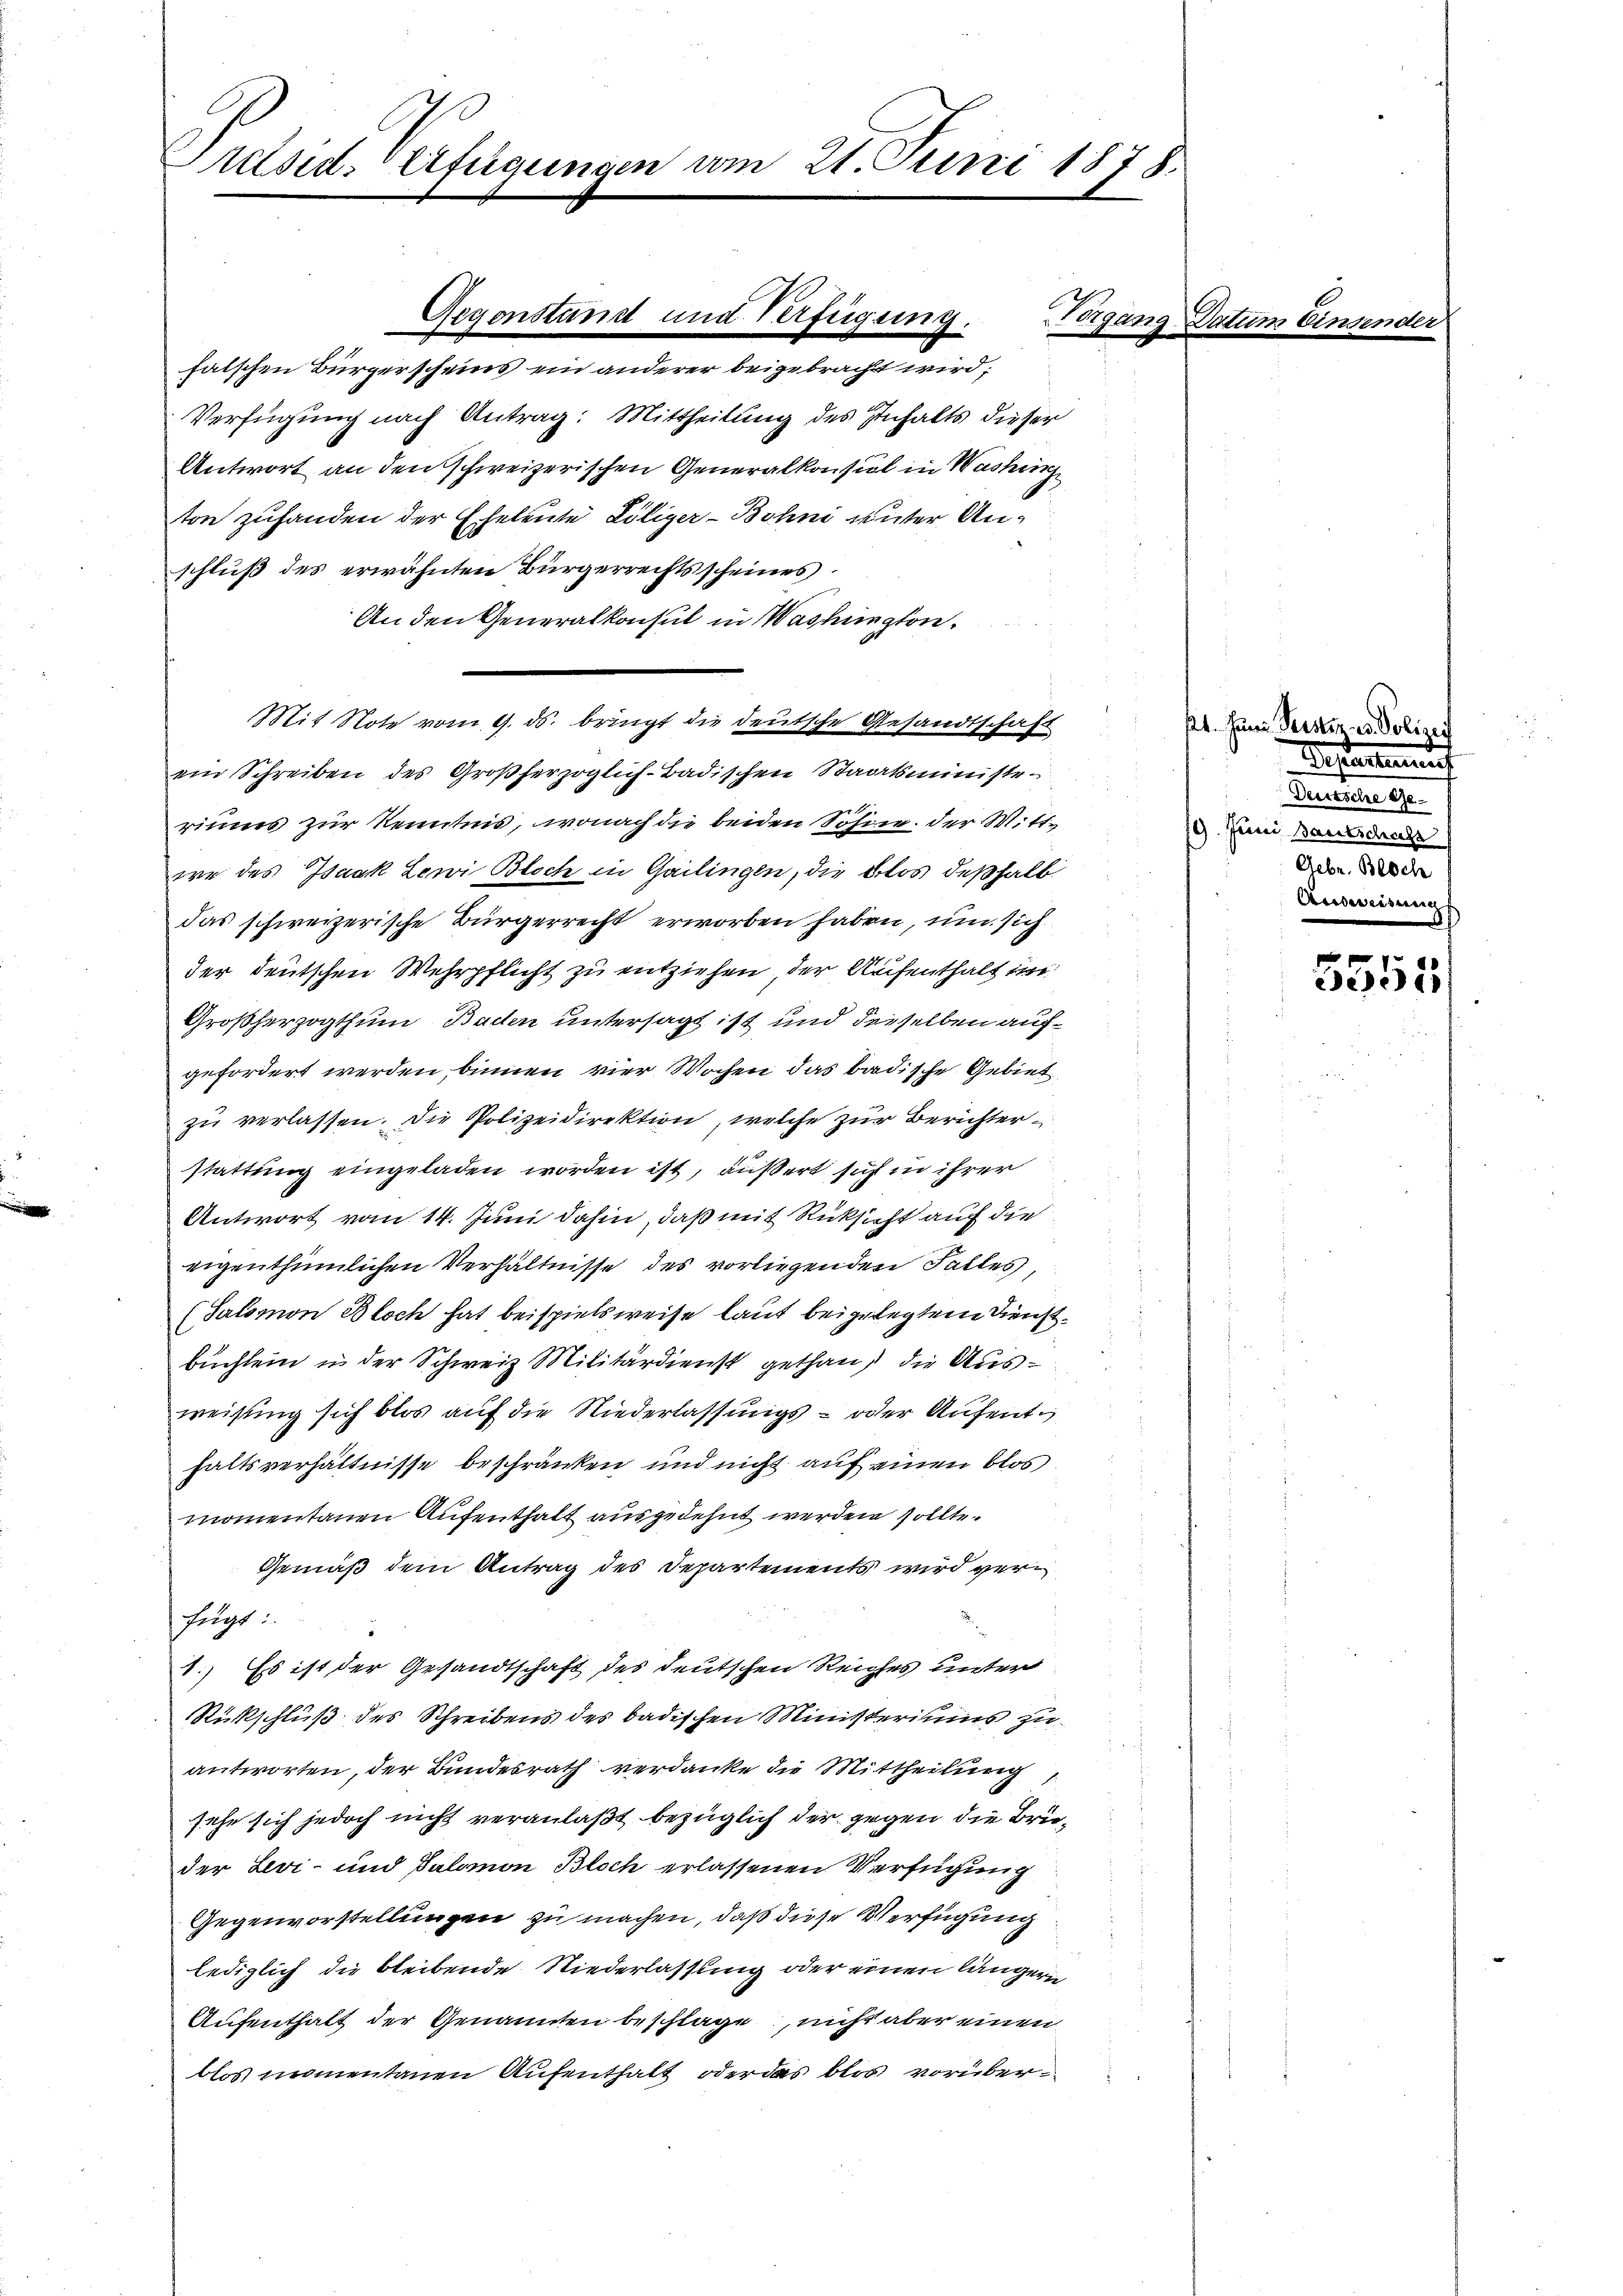
Präsid. Verfügungen am 21. Juni 1878.

Verfügung nach Antrag: Mittheilung des Inhalts dieser
Antwort an den schweizerischen Generalkonsul in Washing
ton zuhanden der Eheleute Löliger-Bohni unter Anschluß des erwähnten Bürgerrechtsscheines
An den Generalkonsul in Washington.
Mit Note vom 9. ds. bringt die deutsche Gesandtschaft
ein Schreiben des Großherzoglich-Badischen Staatsministe
riums zur Kenntnis, wonach die beiden Söhne der Wittwe des Isaak Lewi Bloch in Gailingen, die blos deßhalb
das schweizerische Bürgerrecht erworben haben, um sich
der deutschen Wehrpflicht zu entziehen der Aufenthalt in
Großherzogthum Baden untersagt ist und derselben aufgefordert werden, binnen vier Wochen das badische Gebiet
zu verlassen. Die Polizeidirektion, welche zur Berichterstattung eingeladen worden ist, äußert sich in ihrer
Antwort vom 14. Juni dahin, daß mit Rüksicht auf die
eigenthümlichen Verhältnisse des vorliegenden Falles,
(Salomon Bloch hat beispielsweise laut beigelegtem Dienstbüchlein in der Schweiz Militärdienst gethan, die Ausweisung sich blos auf die Niederlassungs- oder Aufenthaltsverhältnisse beschränken und nicht auf einen blos
momentanen Aufenthalt ausgedehnt werden sollte.
Gemäß dem Antrag des Departements wird verfügt:
1.) Es ist der Gesandtschaft des deutschen Reiches unter
Rückschluß des Schreibens des badischen Ministeriums zu
antworten, der Bundesrath verdanke die Mittheilung
sehe sich jedoch nicht veranlaßt bezüglich der gegen die Bruder Levi- und Salomon Bloch erlassenen Verfügung
Gegenvorstellungen zu machen, daß diese Verfügung
lediglich die bleibende Niederlassung oder einen längern
Aufenthalt der Genannten beschlage, nicht aber einen
blos momentanen Aufenthalt oder das blos vorüber¬

Gegenstand und Verfügung.
falschen Bürgerscheins ein anderer beigebracht wird;

Vorgang Datum Einsi

kt. Juni Reister u. Polizei
Refertinen
Denunge
19. Juni Bautschaft
Gebr. Besch
Anbeweisung

f
05